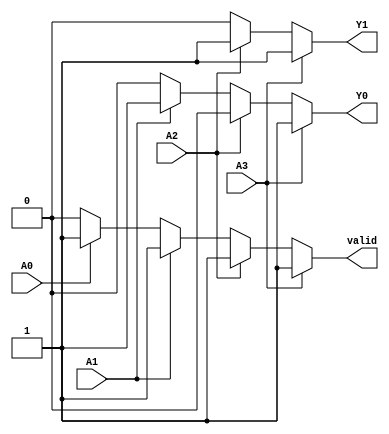
module PriorityEncoder4to2 (
    input wire A0,    // Input 0 (lowest priority)
    input wire A1,    // Input 1
    input wire A2,    // Input 2
    input wire A3,    // Input 3 (highest priority)
    output reg Y0,    // Output 0
    output reg Y1,    // Output 1
    output reg valid   // Indicates if the output is valid (1: valid output, 0: no input active)
);

always @(*) begin
    // Default outputs
    Y0 = 0;
    Y1 = 0;
    valid = 0;

    if (A3) begin
        Y1 = 1;
        Y0 = 1;
        valid = 1; // Input A3 is active
    end else if (A2) begin
        Y1 = 1;
        Y0 = 0;
        valid = 1; // Input A2 is active
    end else if (A1) begin
        Y1 = 0;
        Y0 = 1;
        valid = 1; // Input A1 is active
    end else if (A0) begin
        Y1 = 0;
        Y0 = 0;
        valid = 1; // Input A0 is active
    end else begin
        valid = 0; // No active input
    end
end

endmodule